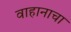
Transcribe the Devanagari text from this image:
वाहानाचा